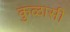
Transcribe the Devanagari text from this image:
कुळासी